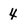
Character: 4